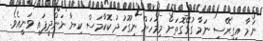
ނަމާ އިގިރޭސި ނަމާ ގުޅޭގޮތަށް މިމަހަށް ނިގޫހުދު ކޮކާމަސް ކިޔާ ނަންދީފައި ވަނީއެވެ.